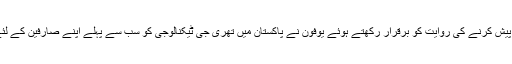
جدید ٹیکنالوجی پیش کرنے کی روایت کو برقرار رکھتے ہوئے یوفون نے پاکستان میں تھری جی ٹیکنالوجی کو سب سے پہلے اپنے صارفین کے لئے پیش کیا ہے ۔